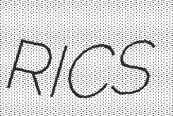
RICS